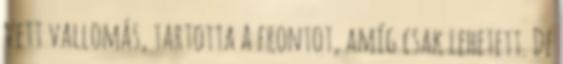
vett vallomás, tartotta a frontot, amíg csak lehetett. De